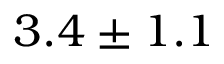
3 . 4 \pm 1 . 1